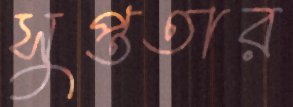
সুপ্ততার